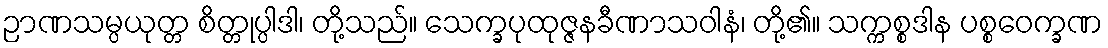
ဉာဏသမ္ပယုတ္တ စိတ္တုပ္ပါဒါ၊ တို့သည်။ သေက္ခပုထုဇ္ဇနခီဏာသဝါနံ၊ တို့၏။ သက္ကစ္စဒါန ပစ္စဝေက္ခဏ